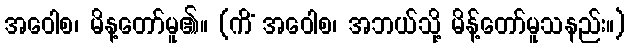
အဝေါစ၊ မိန့တော်မူ၏။ (ကိံ အဝေါစ၊ အဘယ်သို့ မိန့်တော်မူသနည်း။)